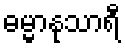
ဓမ္မာနုသာရီ